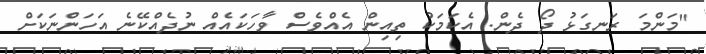
"މަންމަ ރަނގަޅު ދޯ ދެން. އެކަމަކު ތިއިން އެއްވެސް ވާހަކައެއް ނުދެއްކޭނެ އަހަންނަކަށް